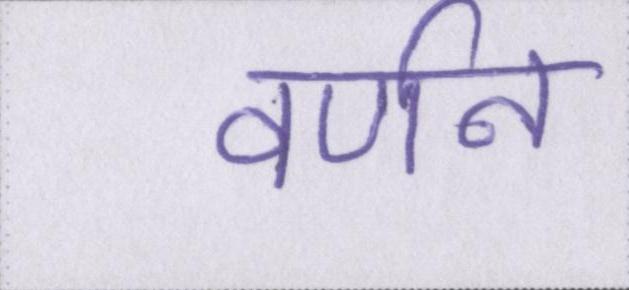
वर्णन